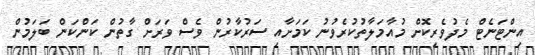
އިންޓަނެޓް މެދުވެރިކޮށް މުއާމަލާތުކުރެވުނު ކަމަށާއި ސަރުކާރުން ވެސް ވަރަށް ގާތުން ކަންކަން ބަލަމުން